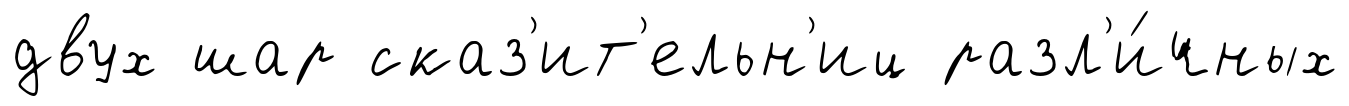
двух шар сказ'ит'ельн'иц разл'и́чных